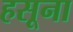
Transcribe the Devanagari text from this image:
हसूना